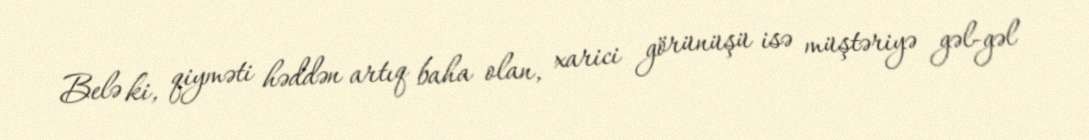
Belə ki, qiyməti həddən artıq baha olan, xarici görünüşü isə müştəriyə gəl-gəl